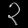
Digit: ၃